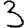
Digit: 3